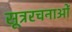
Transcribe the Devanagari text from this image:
सूत्ररचनाओं